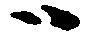
ハ